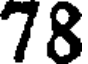
78